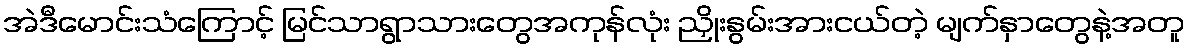
အဲဒီမောင်းသံကြောင့် မြင်သာရွာသားတွေအကုန်လုံး ညှိုးနွမ်းအားငယ်တဲ့ မျက်နှာတွေနဲ့အတူ